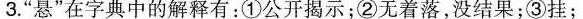
3.”悬”在字典中的解释有：①公开揭示；②无着落，没结果；③挂；